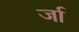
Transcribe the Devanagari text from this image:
र्जा